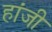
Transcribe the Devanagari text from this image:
हांजी